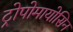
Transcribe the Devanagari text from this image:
ट्रोपोमायोसिन